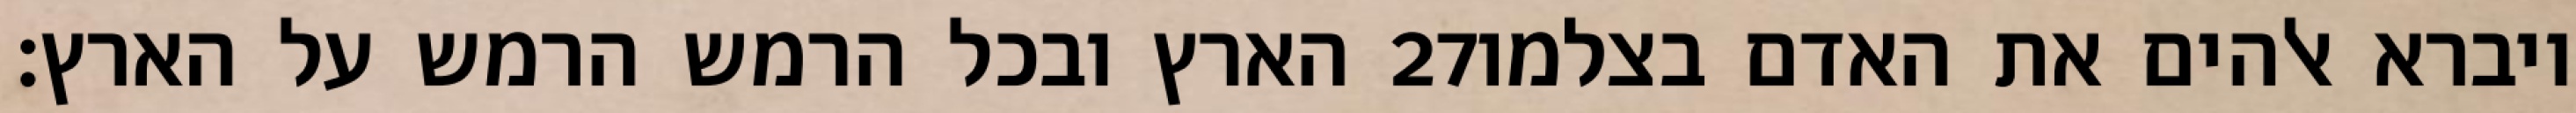
הארץ ובכל הרמש הרמש על הארץ׃ ‎27‏ ויברא אלהים את האדם בצלמו